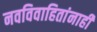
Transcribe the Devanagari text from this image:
नवविवाहितांनाही